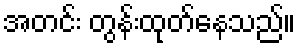
အတင်း တွန်းထုတ်နေသည်။